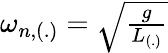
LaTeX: \begin{array}{r}{\omega_{n,(.)}=\sqrt{\frac{g}{L_{(.)}}}}\end{array}